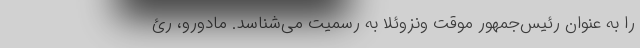
را به عنوان رئیس‌جمهور موقت ونزوئلا به رسمیت می‌شناسد. مادورو، رئ